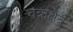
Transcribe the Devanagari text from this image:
चक्रक्षेत्र